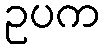
ဥပက